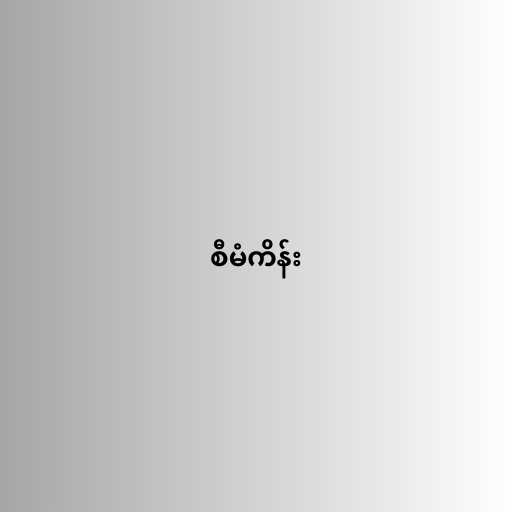
စီမံကိန်း